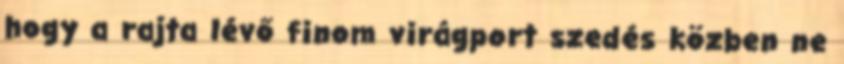
hogy a rajta lévő finom virágport szedés közben ne